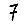
Digit: 7